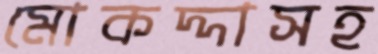
মোকদ্দাসহ